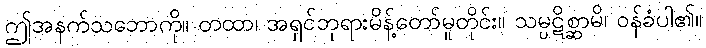
ဤအနက်သဘောကို။ တထာ၊ အရှင်ဘုရားမိန့်တော်မူတိုင်း။ သမ္ပဋိစ္ဆာမိ၊ ဝန်ခံပါ၏။